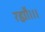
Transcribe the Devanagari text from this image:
रह्यौ।।।